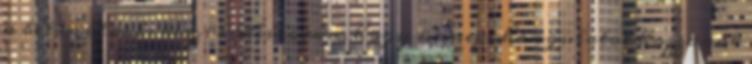
a betanulás és készülődés során, hogy ünnepi hangulatot hozzanak